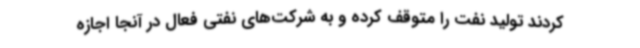
کردند تولید نفت را متوقف کرده و به شرکت‌های نفتی فعال در آنجا اجازه